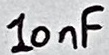
Text: 10nF